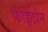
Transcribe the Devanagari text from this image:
फाईटोन